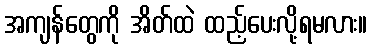
အကျန်တွေကို အိတ်ထဲ ထည့်ပေးလို့ရမလား။